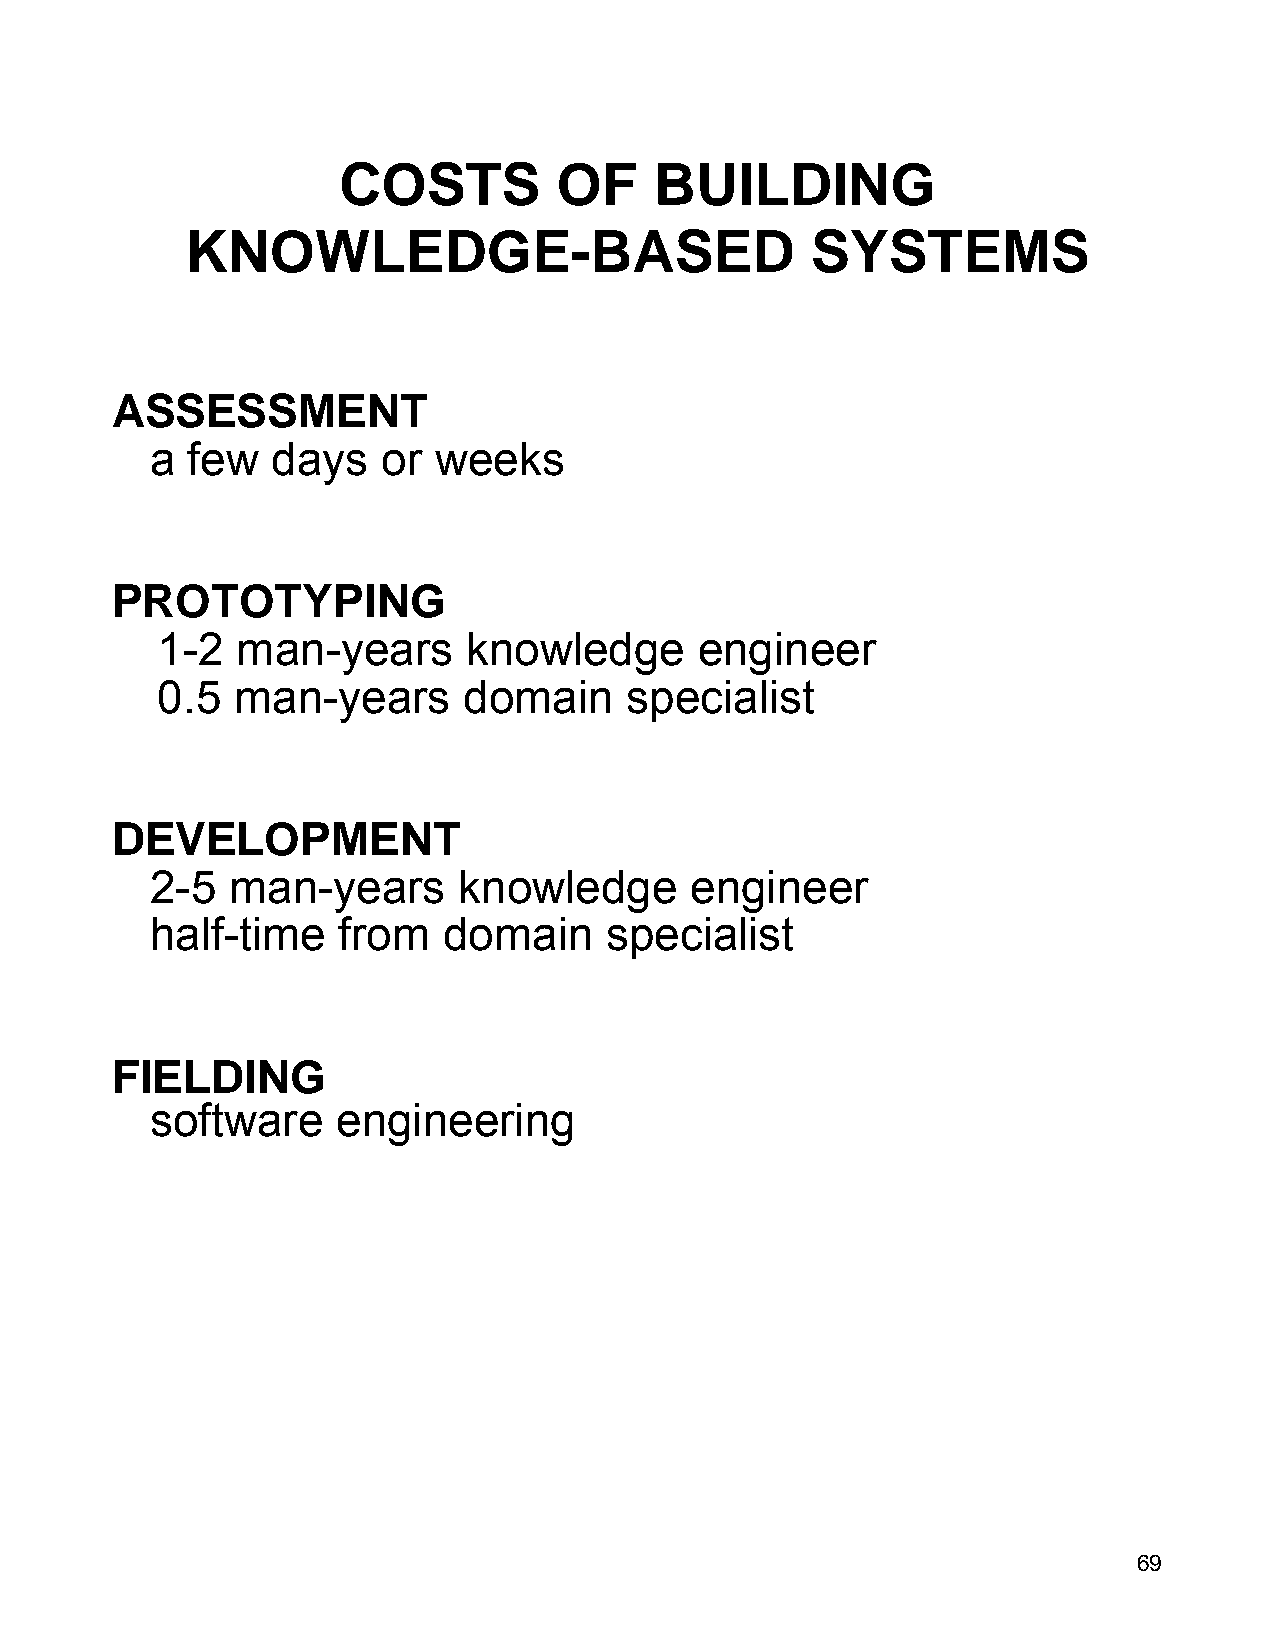
COSTS          OF    BUILDING
 KNOWLEDGE-BASED                           SYSTEMS
 ASSESSMENT
 a few   days   or  weeks
 PROTOTYPING
 1-2   man-years      knowledge      engineer
 0.5  man-years       domain    specialist
 DEVELOPMENT
 2-5  man-years      knowledge       engineer
 half-time   from   domain     specialist
 FIELDING
 software    engineering
 69